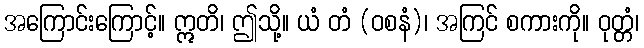
အကြောင်းကြောင့်။ ဣတိ၊ ဤသို့။ ယံ တံ (ဝစနံ)၊ အကြင် စကားကို။ ဝုတ္တံ၊